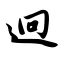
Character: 迥